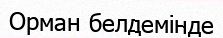
Орман белдемінде